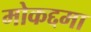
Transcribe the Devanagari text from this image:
मोकद्दमा